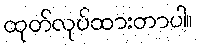
ထုတ်လုပ်ထားတာပါ။